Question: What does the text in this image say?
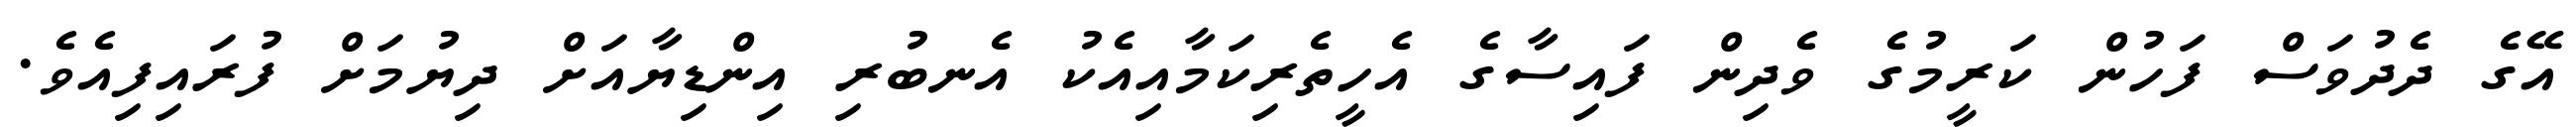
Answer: އޭގެ ދެދުވަސް ފަހުން ކަރީމުގެ ވެދިން ފައިސާގެ އެހީތެރިކަމާއިއެކު އެނބުރި އިންޑިޔާއަށް ދިޔުމަށް ފުރައިފިއެވެ.